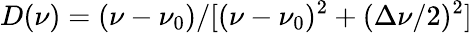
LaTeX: D(\nu)=(\nu-\nu_{0})/[(\nu-\nu_{0})^{2}+(\Delta\nu/2)^{2}]